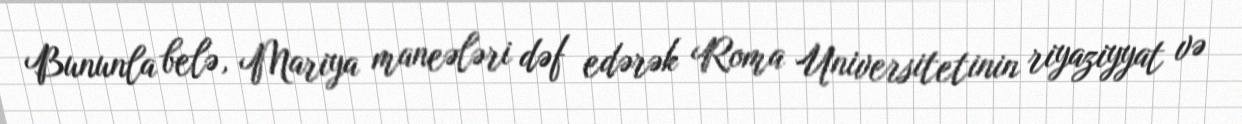
Bununla belə, Mariya maneələri dəf edərək Roma Universitetinin riyaziyyat və